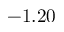
- 1 . 2 0